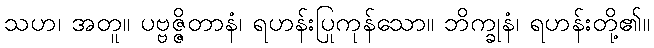
သဟ၊ အတူ။ ပဗ္ဗဇ္ဇိတာနံ၊ ရဟန်းပြုကုန်သော။ ဘိက္ခုနံ၊ ရဟန်းတို့၏။